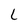
Character: L